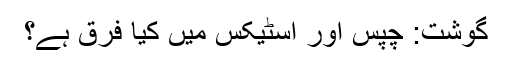
گوشت: چپس اور اسٹیکس میں کیا فرق ہے؟